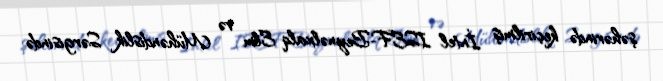
şəhərində keçirilmiş İntel ISEF-Beynəlxalq Elm və Mühəndislik Sərgisində